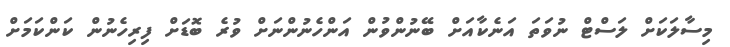
މިސާލަކަށް ލަސްޓް ނުވަތަ އަނެކާއަށް ބޭނުންވުން އަންހެނުންނަށް ވުރެ ބޮޑަށް ފިރިހެނުން ކަންކަމަށް